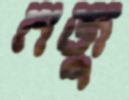
নজু